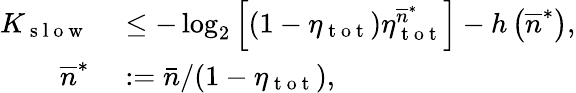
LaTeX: \begin{array}{rl}{K_{\mathrm{~s~l~o~w~}}}&{{}\leq-\log_{2}\left[(1-\eta_{\mathrm{~t~o~t~}})\eta_{\mathrm{~t~o~t~}}^{\overline{{n}}^{\ast}}\right]-h\left(\overline{{n}}^{\ast}\right),}\\ {\overline{{n}}^{\ast}}&{{}:=\bar{n}/(1-\eta_{\mathrm{~t~o~t~}}),}\end{array}